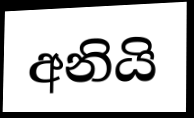
අනියි